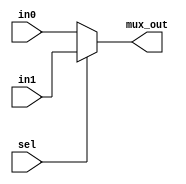
module multiplexor
#(
  parameter WIDTH=5
 )
 (
  input  wire             sel,
  input  wire [WIDTH-1:0] in0,
  input  wire [WIDTH-1:0] in1,
  output reg  [WIDTH-1:0] mux_out
 );

  always @* begin
    if (sel) begin
        mux_out = in1;
    end else begin
        mux_out = in0;
    end
  end
  
endmodule